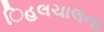
િહલચાલના